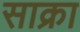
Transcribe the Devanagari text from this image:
साक्रा